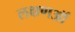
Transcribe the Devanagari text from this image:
लक्षणऑं